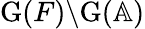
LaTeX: \mathrm{G}(F)\backslash\mathrm{G}(\mathbb{A})